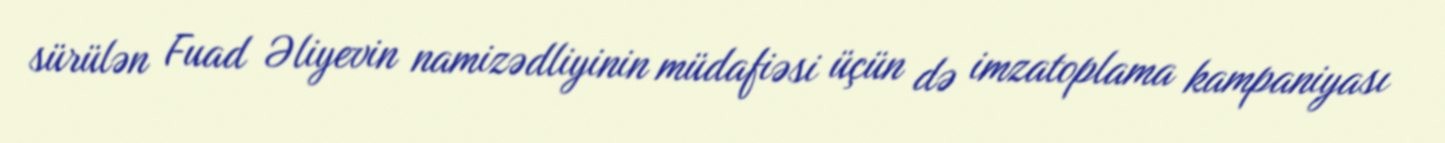
sürülən Fuad Əliyevin namizədliyinin müdafiəsi üçün də imzatoplama kampaniyası